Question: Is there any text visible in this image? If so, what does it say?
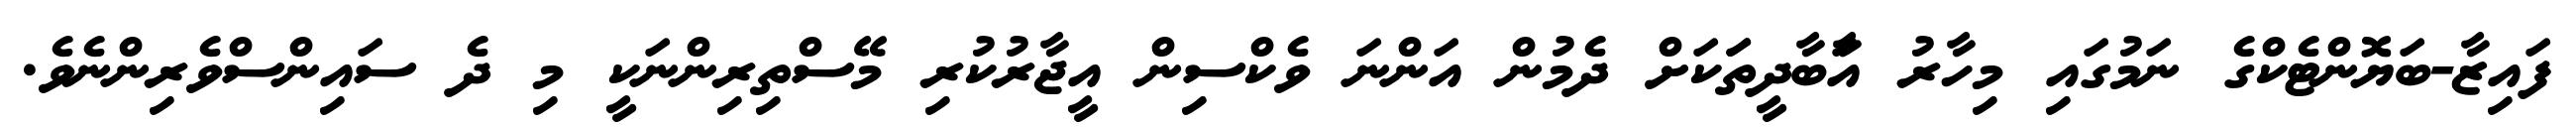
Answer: ފައިޒާ-ބަޔޮންޓެކްގެ ނަމުގައި މިހާރު އާަބާދީތަަކަށް ދެމުން އަންނަ ވެކްސިން އީޖާރުކުރި މޭސްތިރިންނަކީ މި ދެ ސައިންސްވެރިންނެވެ.